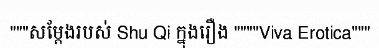
"""សម្តែងរបស់ Shu Qi ក្នុងរឿង """"Viva Erotica"""